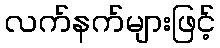
လက်နက်များဖြင့်